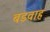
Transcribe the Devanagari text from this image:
बडवाह